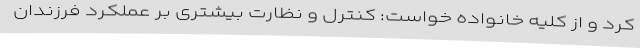
کرد و از کلیه خانواده خواست: کنترل و نظارت بیشتری بر عملکرد فرزندان